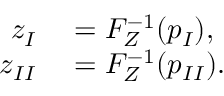
\begin{array} { r l } { z _ { I } } & { { } = F _ { Z } ^ { - 1 } ( p _ { I } ) , } \\ { z _ { I I } } & { { } = F _ { Z } ^ { - 1 } ( p _ { I I } ) . } \end{array}